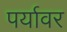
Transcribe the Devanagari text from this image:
पर्यावर